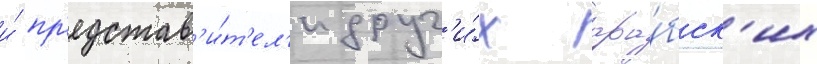
и́ пр'едстав'и́т'ел'и друг'и́х ара́бск'их